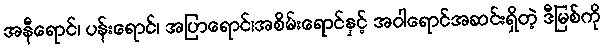
အနီရောင်၊ ပန်းရောင်၊ အပြာရောင်၊အစိမ်းရောင်နှင့် အဝါရောင်အဆင်းရှိတဲ့ ဒီမြစ်ကို